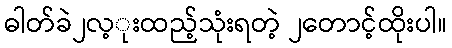
ဓါတ်ခဲ၂လ့ုးထည့်သုံးရတဲ့ ၂တောင့်ထိုးပါ။